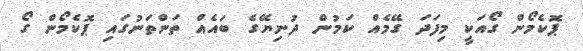
ޕޮކެމޯން ގޯއަކީ މިފަދަ ގޭމެއް ކަމުން ދުނިޔޭގެ ބައެއް ތަންތަނުގައި ޕޮކެމޯން ގޯ